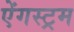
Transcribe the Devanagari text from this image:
ऐंगस्ट्रम